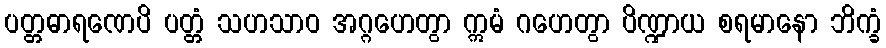
ပတ္တဓာရဏေပိ ပတ္တံ သဟသာဝ အဂ္ဂဟေတွာ ဣမံ ဂဟေတွာ ပိဏ္ဍာယ စရမာနော ဘိက္ခံ